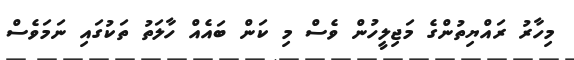
މިހާރު ރައްޔިތުންގެ މަޖިލީހުން ވެސް މި ކަން ބައެއް ހާލަތު ތަކުގައި ނަމަވެސް